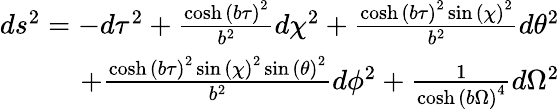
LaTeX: \begin{array}{r}{ds^{2}=-d\tau^{2}+\frac{\cosh\left(b{\tau}\right)^{2}}{b^{2}}d\chi^{2}+\frac{\cosh\left(b{\tau}\right)^{2}\sin\left({\chi}\right)^{2}}{b^{2}}d\theta^{2}}\\ {+\frac{\cosh\left(b{\tau}\right)^{2}\sin\left({\chi}\right)^{2}\sin\left({\theta}\right)^{2}}{b^{2}}d\phi^{2}+\frac{1}{\cosh\left(b{\Omega}\right)^{4}}d\Omega^{2}}\end{array}